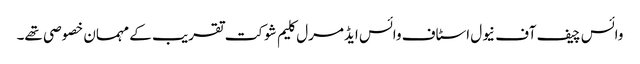
وائس چیف آف نیول اسٹاف وائس ایڈمرل کلیم شوکت تقریب کے مہمان خصوصی تھے۔